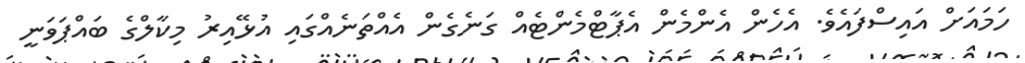
ހަމައަށް އައިސްފައެވެ. އެހެން އެންމެން އެޕާޓްމެންޓެއް ގަނެގެން އެއްތަނެއްގައި އުޅޭއިރު މިކާލްގެ ބައްޕަވަނީ